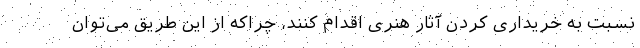
نسبت به خریداری کردن آثار هنری اقدام کنند، چراکه از این طریق می‌توان